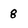
Character: 8